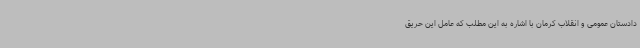
دادستان عمومی و انقلاب کرمان با اشاره به این مطلب که عامل این حریق